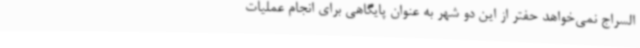
السراج نمی‌خواهد حفتر از این دو شهر به عنوان پایگاهی برای انجام عملیات